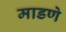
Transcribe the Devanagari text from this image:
माडणे